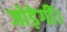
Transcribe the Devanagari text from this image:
जोड़ेगीं।